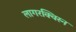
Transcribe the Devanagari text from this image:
लागरक्विस्न